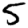
Digit: 5